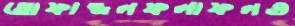
তোফাজ্জলফলাফলগু